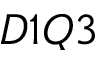
D 1 Q 3